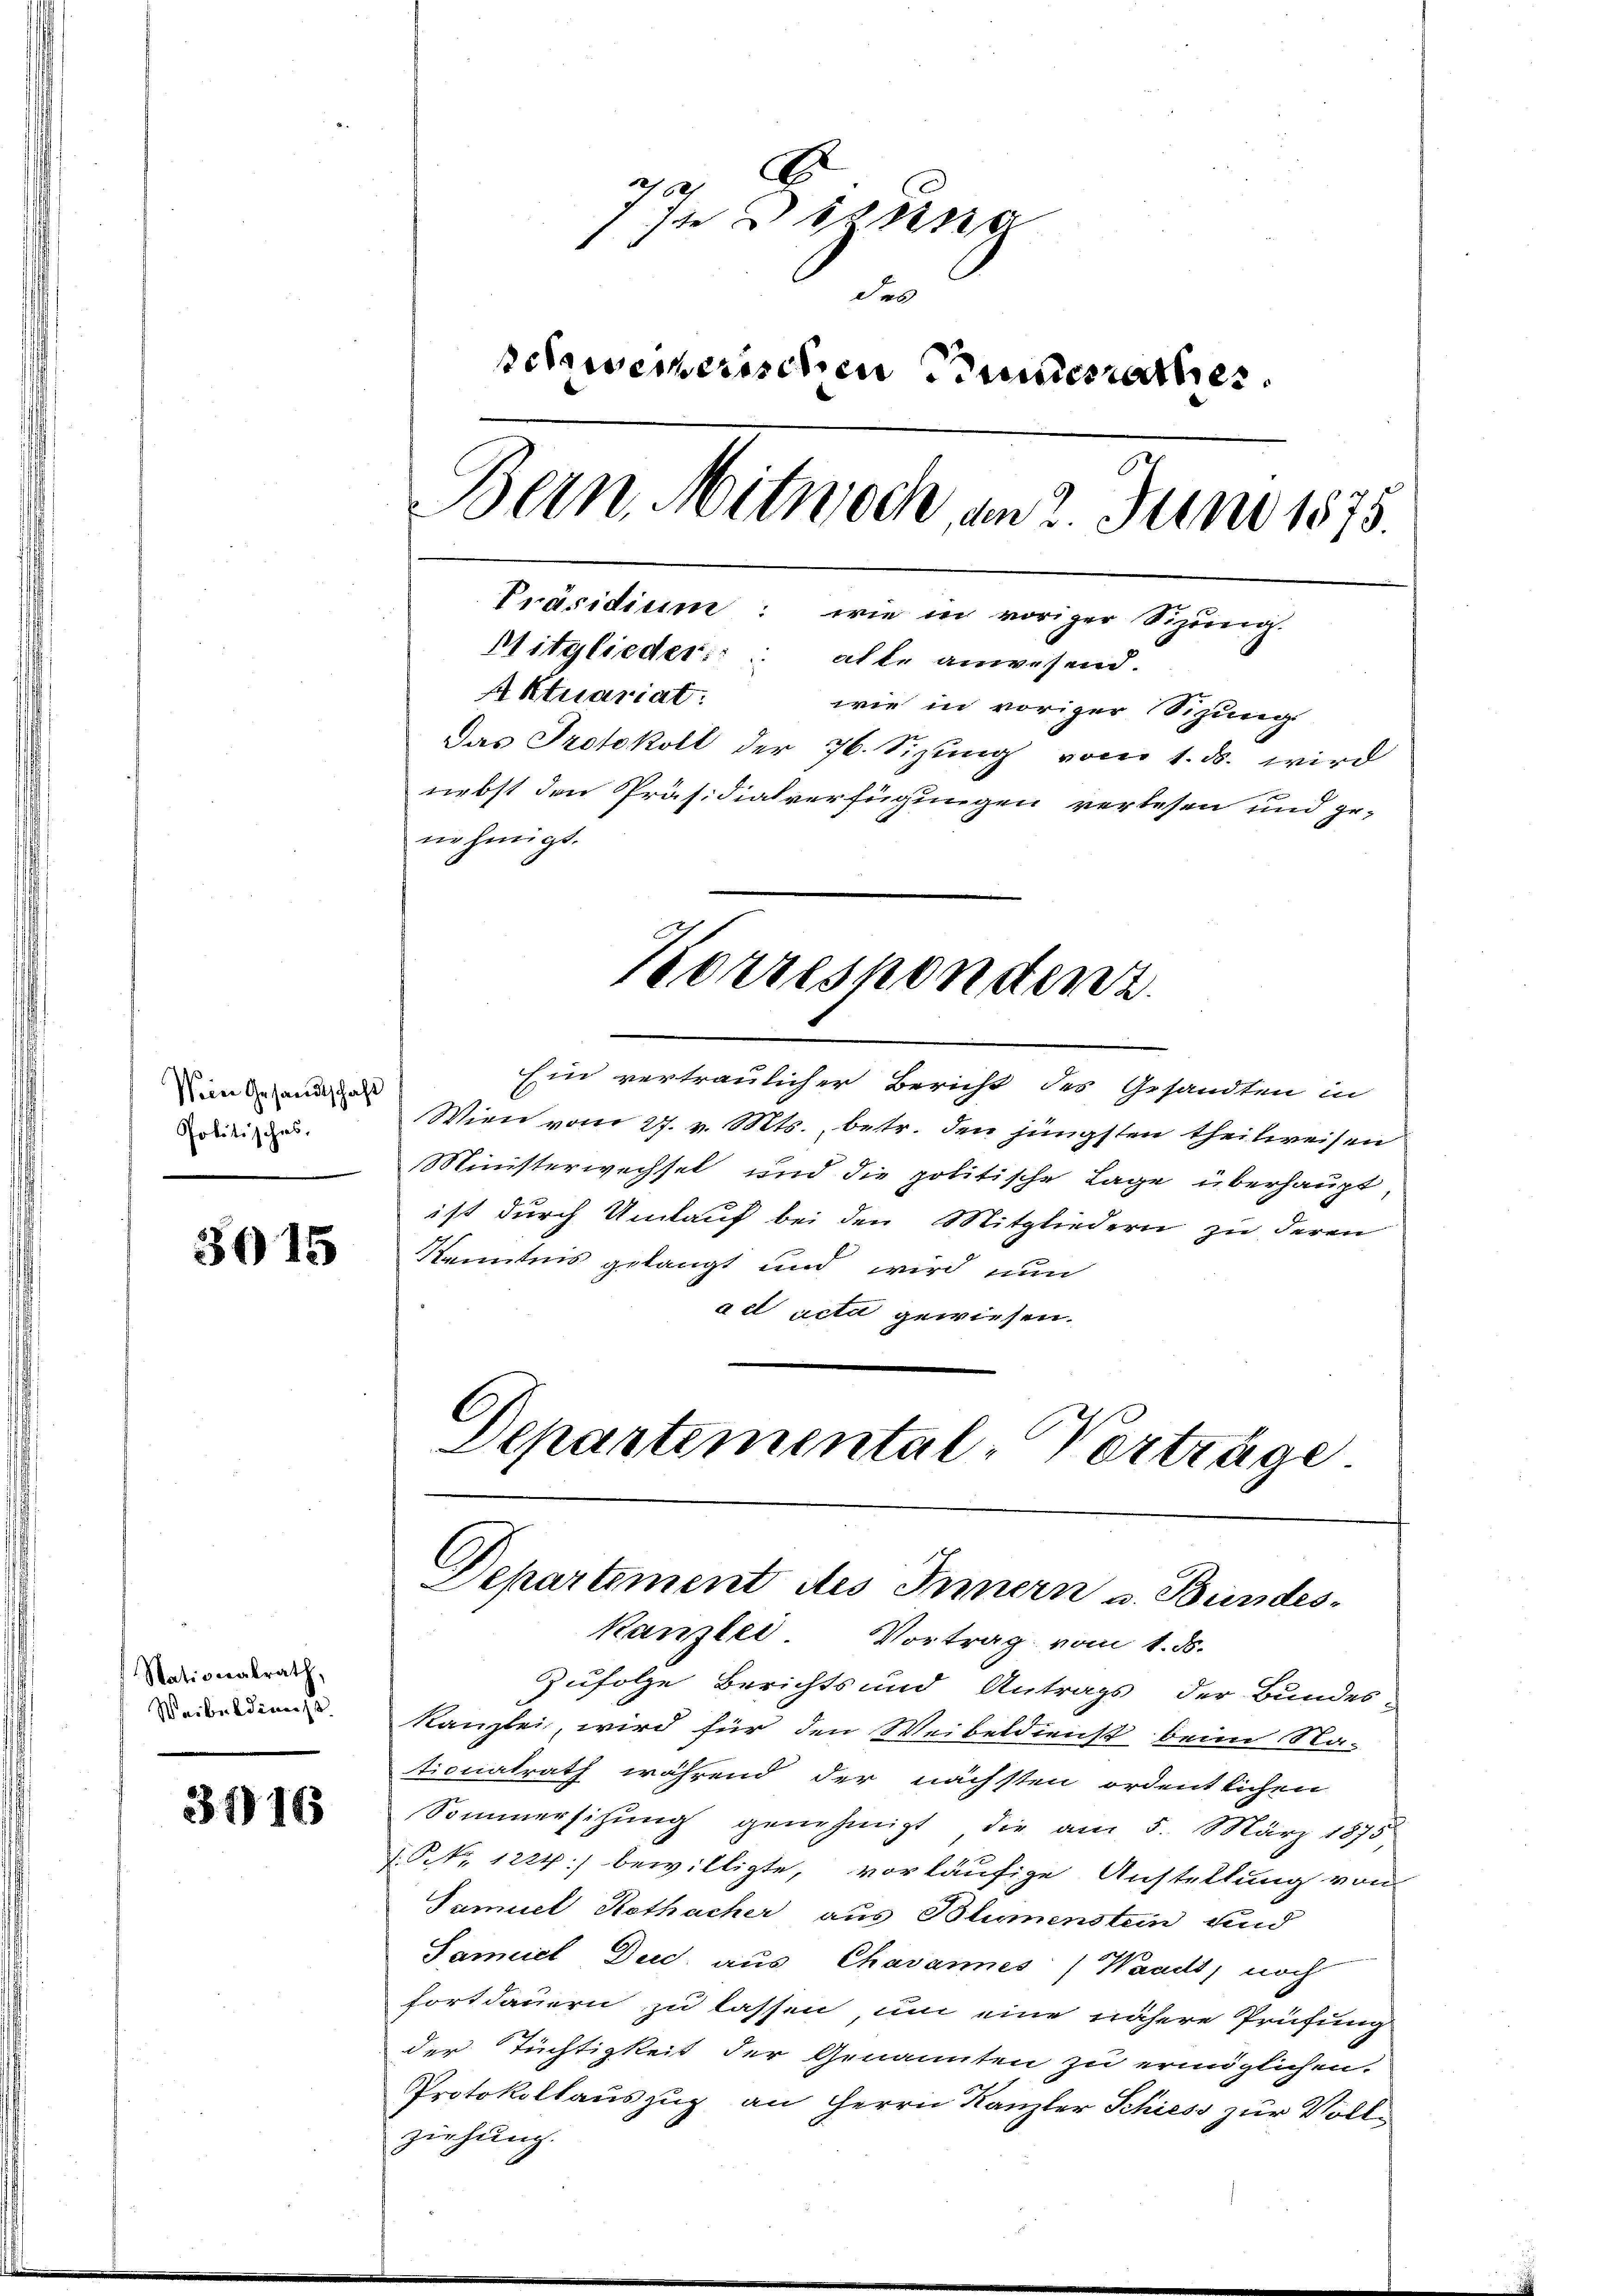
Pein Gesandtschaft
Politisches,

3015

Stationalrath,
Weiberdinis

3916

7 Indigung
Sel
sessenerischen Sunathes.
Bern. Mitwoch, am 2. Juni 1875.
Präsidium: wie in voriger Sizung.
Mitglieder::: alle anwesend.
Aktuariat.
wie in voriger Sitzung
Das Protokoll der 76. Sizŭng vom 1. ds. wird
nebst den Präsidialverfügungen verlesen und ge-
nehmigt.

Ein vertraulicher Bericht des Gesandten in
Wien vom 27. v. Mts., betr. den jüngsten theilweisen
Ministerwechsel und die politische Lage überhaupt
ist durch Umlauf bei den Mitgliedern zu deren
Kenntnis gelangt und wird nun
act acta gewiesen.
Departemental-Vorträge

kanzlei Vortrag vom 1. ds.
Zufolge Berichts und Antrags der Bundes-
Kanzlei, wird für den Weibeldienst beim Na-
tionalrath während der nächsten ordentlichen
Sommersihung genehmigt die am 5. März 1875
J. P. Nr. 1224) bewilligte, vorläufige Anstellung von
Samuel Kothacher aus Blumenstein und
Samuel Dec. aus Chavannes Waadt, noch
fortdauern zu lassen, um eine nähere Prüfung
der Tüchtigkeit der Genannten zu ermöglichen.
Protokollauszug an Herrn Kanzler Schiess zur Vollziehung.

Korrespondenz

Departement des Innern u. Bundes-